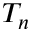
T _ { n }